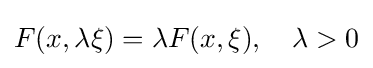
F(x,\lambda \xi )=\lambda F(x,\xi ),\quad \lambda >0